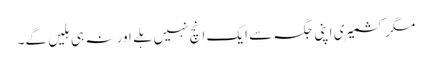
مگر کشمیری اپنی جگہ سے ایک انچ نہیں ہلے اور نہ ہی ہلیں گے۔